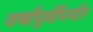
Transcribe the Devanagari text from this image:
वर्षांपुर्वीपर्यंत